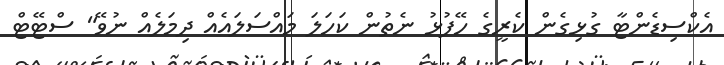
އެކްސިޑެންޓާ ގުޅިގެން ކެރީގެ ހޭފުޅު ނެތުން ކަހަލަ މައްސަަލައެއް ދިމަލެއް ނުވޭ" ސްޓޭޓް